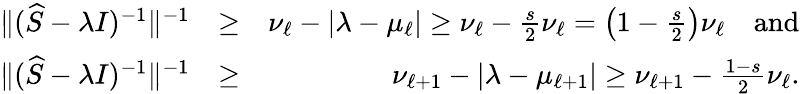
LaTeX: \begin{array}{rlr}{\| (\widehat S-\lambda I)^{-1}\| ^{-1}}&{\geq}&{\nu_{\ell}-|\lambda-\mu_{\ell}|\geq\nu_{\ell}-\frac{s}{2}\nu_{\ell}=\left(1-\frac{s}{2}\right)\nu_{\ell}\quad\mathrm{and}}\\ {\| (\widehat S-\lambda I)^{-1}\| ^{-1}}&{\geq}&{\nu_{\ell+1}-|\lambda-\mu_{\ell+1}|\geq\nu_{\ell+1}-\frac{1-s}{2}\nu_{\ell}.}\end{array}